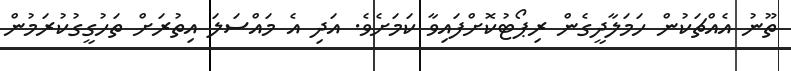
ތޫނު އެއްޗަކުން ހަމަލާދީގެން ރިޕޯޓުކޮށްފައިވާ ކަމަށެވެ. އަދި އެ މައްސަލަ އިތުރަށް ތަހުގީގުކުރަމުން